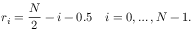
r _ { i } = \frac { N } { 2 } - i - 0 . 5 \quad i = 0 , \dots , N - 1 .